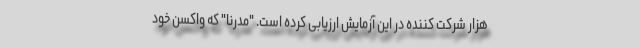
هزار شرکت کننده در این آزمایش ارزیابی کرده است. "مدرنا" که واکسن خود